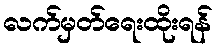
လက်မှတ်ရေးထိုးရန်